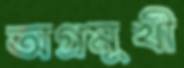
অগ্রমুখী